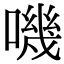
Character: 嘰